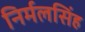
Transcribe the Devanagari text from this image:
निर्मलसिंह